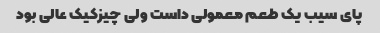
پای سیب یک طعم معمولی داست ولی چیزکیک عالی بود